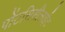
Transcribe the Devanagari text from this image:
पोंटसिसीलाईट